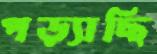
পড়্যাছি